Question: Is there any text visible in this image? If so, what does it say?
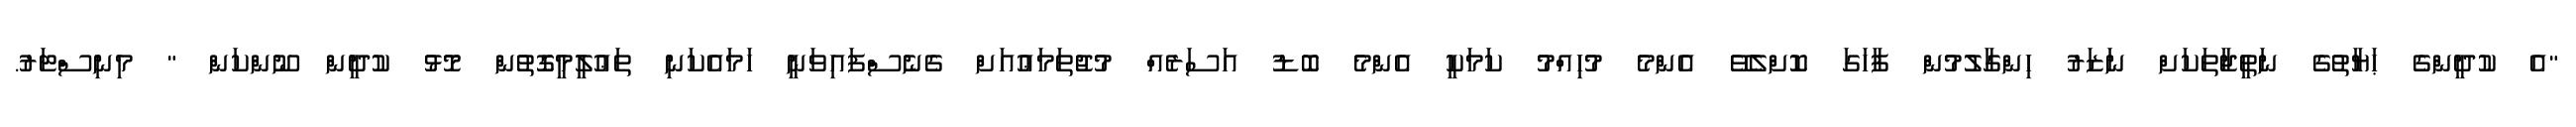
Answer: "އެ ކުދީންގެ ޙަޔާތުގެ ނަތީޖާތަކަށް ނަޒަރު ހިންގާލުމުން ފާހަގަ ކޮށްލެވޭ އެންމެ މުހިއްމު ކަމަކީ އެންމެ ބޮޑު އަސަރެއް މުޖުތަމަޢުއަށް ގެނެސްފައިވަނީ ހަމައެކަނި ތަޢުލީމީގޮތުން މޮޅު ކުދީން ނޫންކަން " މިނިސްޓަރު.